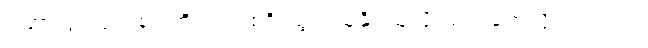
ဒါဟာ ပွဲ ၂ပွဲကစားတိုင်း တစ်ဂိုးသွင်းယူနိုင်သူလို့ သတ်မှတ်လို့ရပါတယ်။